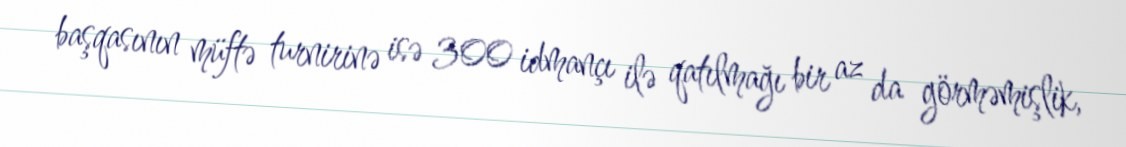
başqasının müftə turnirinə isə 300 idmançı ilə qatılmağı bir az da görməmişlik,